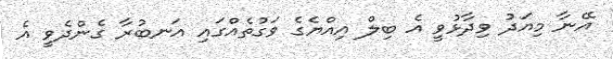
އޭނާ މިއަދު ވިދާޅުވީ އެ ބިލް އިއްޔެގެ ވަގުތެއްގައި އަނބުރާ ގެންދެވީ އެ